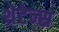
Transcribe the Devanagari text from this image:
थ्रेटेन्स